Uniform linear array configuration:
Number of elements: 64
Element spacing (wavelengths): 0.75
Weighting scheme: exponential
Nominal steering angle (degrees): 45
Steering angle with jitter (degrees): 44.052
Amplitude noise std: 0.05
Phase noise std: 0.05

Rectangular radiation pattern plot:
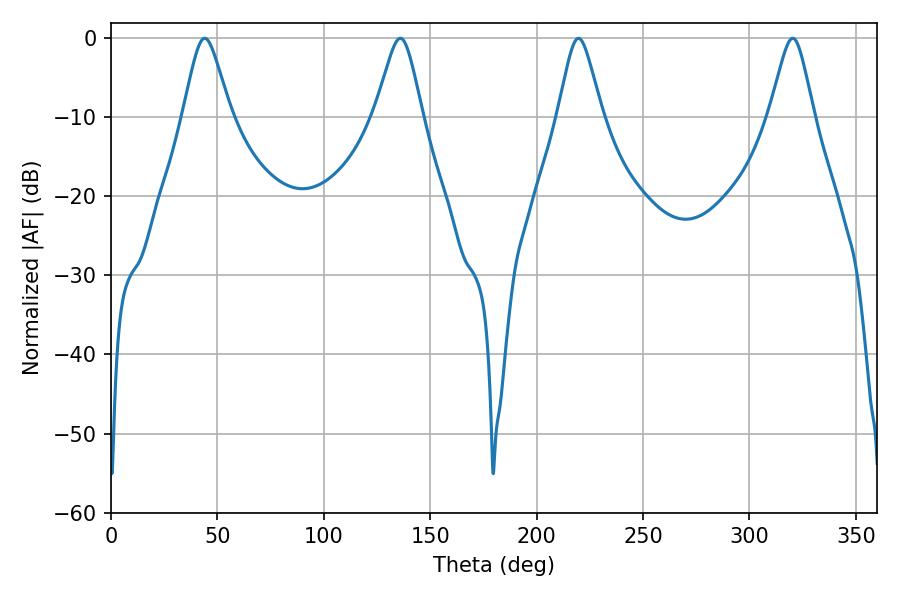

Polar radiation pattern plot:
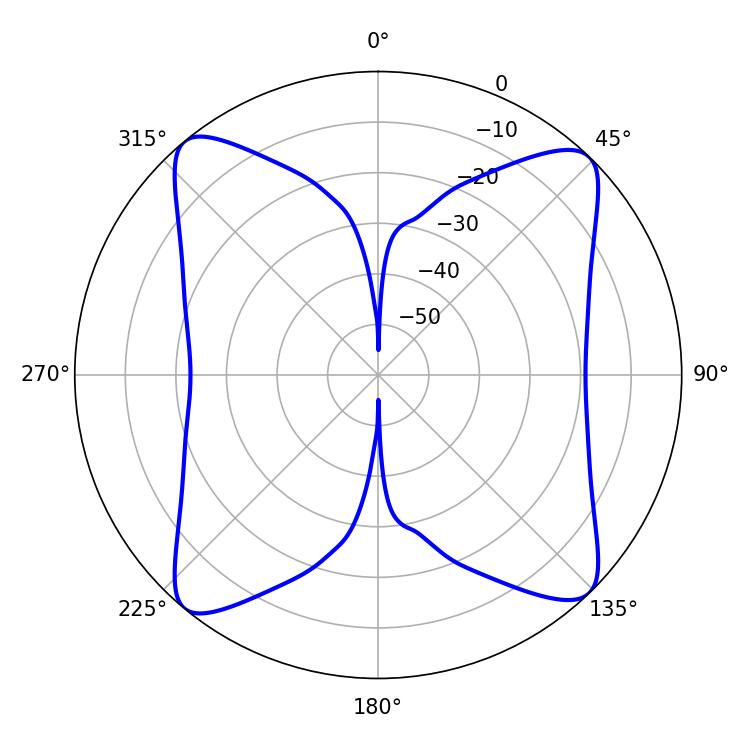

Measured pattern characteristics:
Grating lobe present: TRUE
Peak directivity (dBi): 15.763
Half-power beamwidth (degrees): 9.9
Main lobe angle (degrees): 219.6